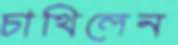
চাখিলেন